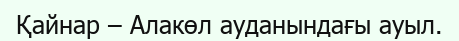
Қайнар – Алакөл ауданындағы ауыл.